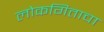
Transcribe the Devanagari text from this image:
लोकगिताचा